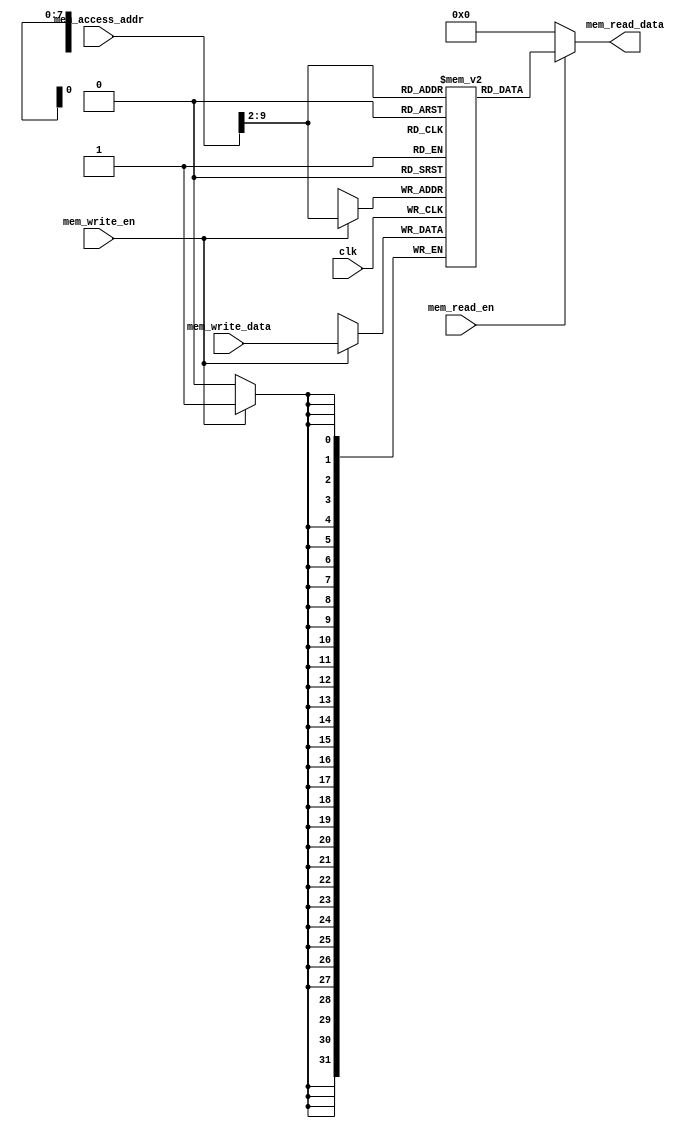
`timescale 1ns / 1ps



module data_memory(
    input clk,
    input [31:0] mem_access_addr,
    input [31:0] mem_write_data,
    input mem_write_en,
    input mem_read_en,
    output [31:0] mem_read_data);
  
    integer i;  
    reg [31:0] ram [255:0];  // Don't change this name
    wire [7 : 0] ram_addr = mem_access_addr[9 : 2];  
    
    initial 
    begin  
       for(i=0;i<256;i=i+1)  
           ram[i] <= 32'd0;  
    end  
        
    always @(posedge clk) 
    begin  
       if (mem_write_en)  
           ram[ram_addr] <= mem_write_data;  
    end  
      
    assign mem_read_data = (mem_read_en==1'b1) ? ram[ram_addr]: 32'd0;
            
endmodule